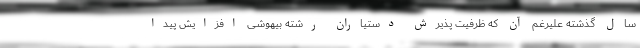
سال گذشته علیرغم آن که ظرفیت پذیرش دستیاران رشته بیهوشی افزایش پیدا